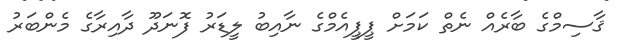
ޤާސިމްގެ ބާރެއް ނެތް ކަމަށް ޕީޕީއެމްގެ ނާއިބު ލީޑަރު ފޮނަދޫ ދާއިރާގެ މެންބަރު